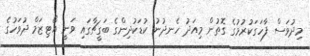
މިދުވަސް ފާހަގަކުރުމުގެ ގޮތުން މިއަދު ހެނދުނު ކުޑަކުދިންގެ ބަގީޗާގައި ވަނީ އޯޓިޒަމް ދުވަހުގެ